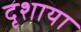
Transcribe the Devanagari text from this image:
दृशाया